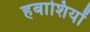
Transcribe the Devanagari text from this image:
हबाशियों